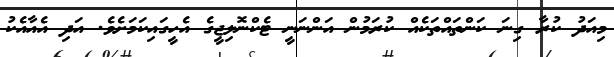
މިއަދު ކުރާ ގިނަ ކަންތައްތަކެއް ކުރަމުން އަންނަނީ ޓެކްނޮލިޖީގެ އެހީގައިކަމަށެވެ. އަދި އެއާއެކު